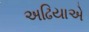
અઢિયાએ